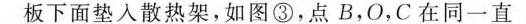
板下面垫入散热架，如图③，点B，O，C在同一直